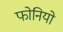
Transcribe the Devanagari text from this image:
फोनियो